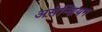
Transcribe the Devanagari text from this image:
असेन्शियन